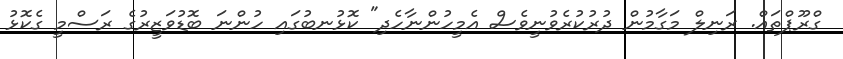
ގްރޫޕްތައް. ރަނިލް މަގާމުން ދުރުކުރެވުނީވެސް އެމީހުންނާހެދި" ކޮޅުނބުގައި ހުންނަ ބޮޑުވަޒީރުގެ ރަސްމީ ގެކޮޅު